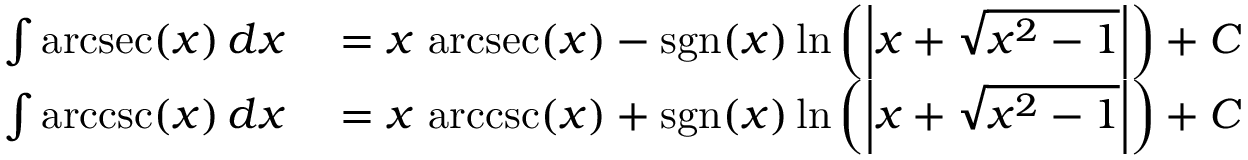
\begin{array} { r l } { \int \operatorname { a r c s e c } ( x ) \, d x } & { { } { } = x \, \operatorname { a r c s e c } ( x ) - \operatorname { s g n } ( x ) \ln \left( \left| x + { \sqrt { x ^ { 2 } - 1 } } \right| \right) + C } \\ { \int \operatorname { a r c c s c } ( x ) \, d x } & { { } { } = x \, \operatorname { a r c c s c } ( x ) + \operatorname { s g n } ( x ) \ln \left( \left| x + { \sqrt { x ^ { 2 } - 1 } } \right| \right) + C } \end{array}